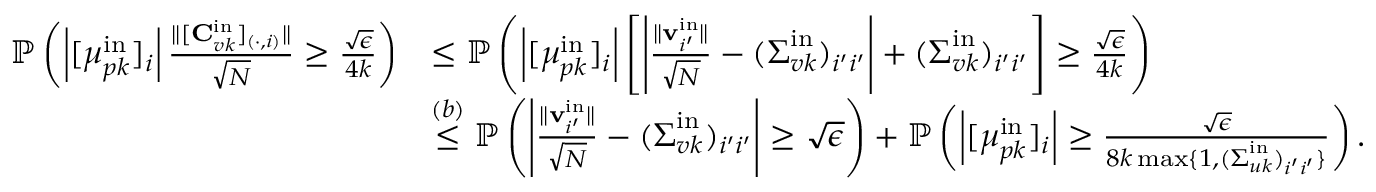
\begin{array} { r l } { \mathbb { P } \left( \left| [ \boldsymbol { \mu } _ { p k } ^ { \mathrm { i n } } ] _ { i } \right| \frac { \| [ \mathbf { C } _ { v k } ^ { \mathrm { i n } } ] _ { ( \cdot , i ) } \| } { \sqrt { N } } \geq \frac { \sqrt { \epsilon } } { 4 k } \right) } & { \leq \mathbb { P } \left( \left| [ \boldsymbol { \mu } _ { p k } ^ { \mathrm { i n } } ] _ { i } \right| \left[ \left| \frac { \| \mathbf { v } _ { i ^ { \prime } } ^ { \mathrm { i n } } \| } { \sqrt { N } } - ( \boldsymbol { \Sigma } _ { v k } ^ { \mathrm { i n } } ) _ { i ^ { \prime } i ^ { \prime } } \right| + ( \boldsymbol { \Sigma } _ { v k } ^ { \mathrm { i n } } ) _ { i ^ { \prime } i ^ { \prime } } \right] \geq \frac { \sqrt { \epsilon } } { 4 k } \right) } \\ & { \stackrel { ( b ) } { \leq } \mathbb { P } \left( \left| \frac { \| \mathbf { v } _ { i ^ { \prime } } ^ { \mathrm { i n } } \| } { \sqrt { N } } - ( \boldsymbol { \Sigma } _ { v k } ^ { \mathrm { i n } } ) _ { i ^ { \prime } i ^ { \prime } } \right| \geq \sqrt { \epsilon } \right) + \mathbb { P } \left( \left| [ \boldsymbol { \mu } _ { p k } ^ { \mathrm { i n } } ] _ { i } \right| \geq \frac { \sqrt { \epsilon } } { 8 k \operatorname* { m a x } \{ 1 , ( \boldsymbol { \Sigma } _ { u k } ^ { \mathrm { i n } } ) _ { i ^ { \prime } i ^ { \prime } } \} } \right) . } \end{array}